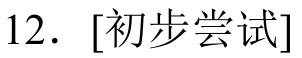
12. [初步尝试]